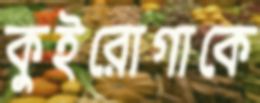
কুইরোগাকে